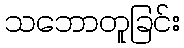
သဘောတူခြင်း